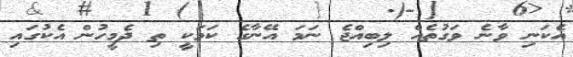
އެކަނި ވާނެ ވަގުތެއް ލިބިއްޖެ ނަމަ އޭނާގެ ކަމަކީ ތި ދެމީހުން އެކުގައި